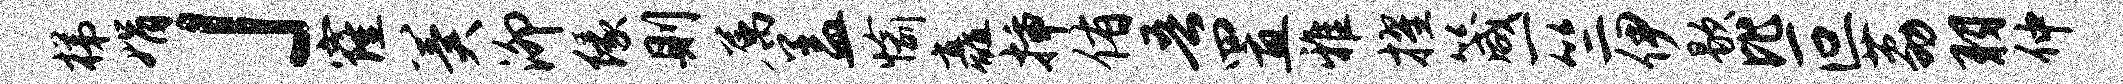
梯娟」窿冀泖缘则属盖愉矗插侑吾置雅擢箴一竺伊歇比叵荔羽仲